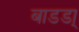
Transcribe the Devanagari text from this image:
बाडडा्